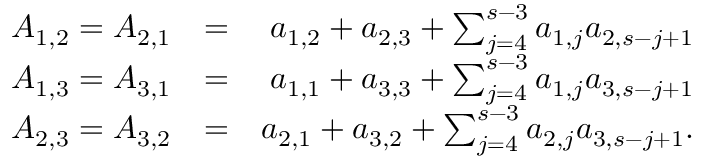
\begin{array} { r l r } { A _ { 1 , 2 } = A _ { 2 , 1 } } & { = } & { a _ { 1 , 2 } + a _ { 2 , 3 } + \sum _ { j = 4 } ^ { s - 3 } a _ { 1 , j } a _ { 2 , s - j + 1 } } \\ { A _ { 1 , 3 } = A _ { 3 , 1 } } & { = } & { a _ { 1 , 1 } + a _ { 3 , 3 } + \sum _ { j = 4 } ^ { s - 3 } a _ { 1 , j } a _ { 3 , s - j + 1 } } \\ { A _ { 2 , 3 } = A _ { 3 , 2 } } & { = } & { a _ { 2 , 1 } + a _ { 3 , 2 } + \sum _ { j = 4 } ^ { s - 3 } a _ { 2 , j } a _ { 3 , s - j + 1 } . } \end{array}